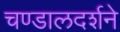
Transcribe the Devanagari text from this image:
चण्डालदर्शने